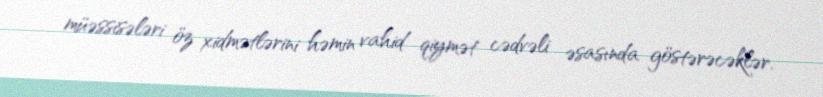
müəssisələri öz xidmətlərini həmin vahid qiymət cədvəli əsasında göstərəcəklər.